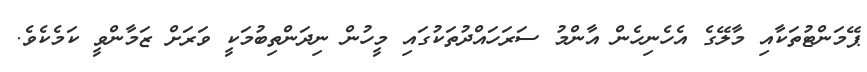
ޕޭމަންޓުތަކާއި މާލޭގެ އެހެނިހެން އާންމު ސަރަހައްދުތަކުގައި މީހުން ނިދަންތިބުމަކީ ވަރަށް ޒަމާންވީ ކަމެކެވެ.